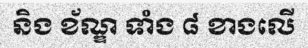
និង ខ័ណ្ឌ ទាំង ៨ ខាងលើ